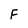
Character: F